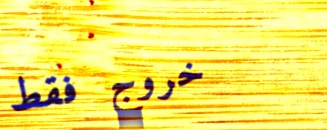
خروج فقط